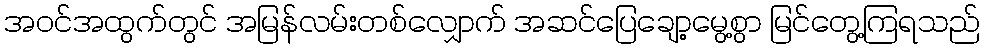
အဝင်အထွက်တွင် အမြန်လမ်းတစ်လျှောက် အဆင်ပြေချော့မွေ့စွာ မြင်တွေ့ကြရသည်